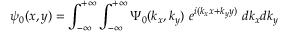
\psi _ { 0 } ( x , y ) = \int _ { - \infty } ^ { + \infty } \int _ { - \infty } ^ { + \infty } \Psi _ { 0 } ( k _ { x } , k _ { y } ) ~ e ^ { i ( k _ { x } x + k _ { y } y ) } ~ d k _ { x } d k _ { y }